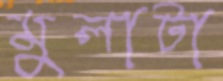
মুলাটা